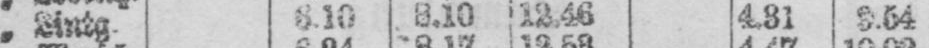
8.10 12.464.31 9.64